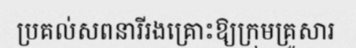
ប្រគល់សពនារីរងគ្រោះឱ្យក្រុមគ្រួសារ